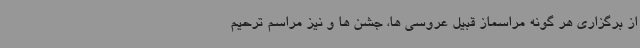
از برگزاری هر گونه مراسماز قبیل عروسی ها، جشن ها و نیز مراسم ترحیم